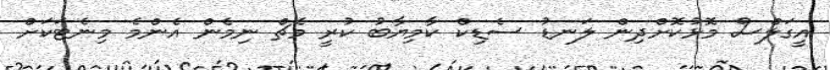
އީގަލްސް މޮޅުކޮށްދިން ލަނޑު ސެޑިކް ކާމިޔާބު ކުރީ މެޗް ނިމެން އެންމެ މިނެޓަކަށް